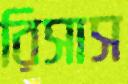
রিসাস